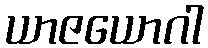
ယာဇယောဂါ